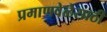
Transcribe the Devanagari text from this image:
प्रमाणवेळेसाठी